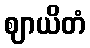
ဈာယိတံ